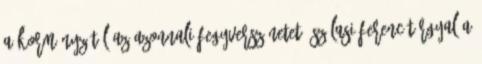
a kormányzótól az azonnali fegyverszünetet. Szálasi Ferenc tárgyal a